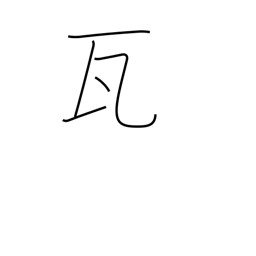
Meaning: gram